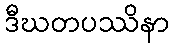
ဒီဃတပဿိနာ